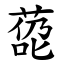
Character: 㗡